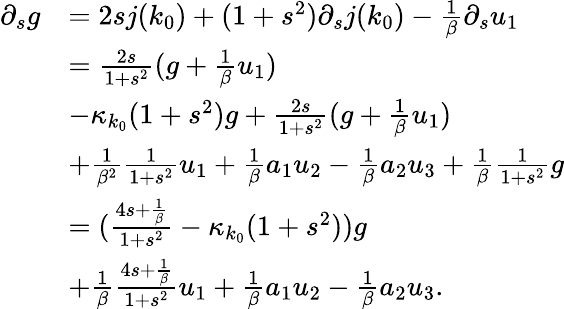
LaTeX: \begin{array}{rl}{\partial_{s}g}&{=2sj(k_{0})+(1+s^{2})\partial_{s}j(k_{0})-\frac 1\beta\partial_{s}u_{1}}\\ &{=\frac{2s}{1+s^{2}}(g+\frac 1\beta u_{1})}\\ &{-\kappa_{k_{0}}(1+s^{2})g+\frac{2s}{1+s^{2}}(g+\frac 1\beta u_{1})}\\ &{+\frac 1{\beta^{2}}\frac 1{1+s^{2}}u_{1}+\frac 1\beta a_{1}u_{2}-\frac 1\beta a_{2}u_{3}+\frac 1\beta\frac 1{1+s^{2}}g}\\ &{=(\frac{4s+\frac 1\beta}{1+s^{2}}-\kappa_{k_{0}}(1+s^{2}))g}\\ &{+\frac 1\beta\frac{4s+\frac 1\beta}{1+s^{2}}u_{1}+\frac 1\beta a_{1}u_{2}-\frac 1\beta a_{2}u_{3}.}\end{array}